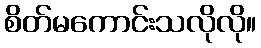
စိတ်မကောင်းသလိုလို။